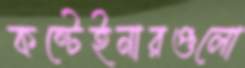
কন্টেইনারগুলো